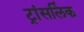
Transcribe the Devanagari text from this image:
ट्रांसलिंक